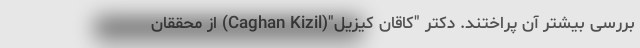
بررسی بیشتر آن پراختند. دکتر "کاقان کیزیل"(Caghan Kizil) از محققان